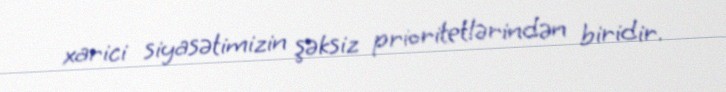
xarici siyasətimizin şəksiz prioritetlərindən biridir.